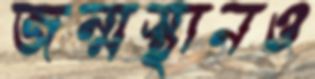
জন্মস্থানও